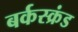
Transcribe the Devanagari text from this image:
बर्कस्क्रंड